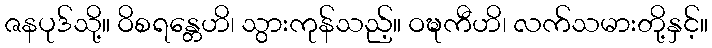
ဇနပုဒ်သို့။ ဝိစရန္တေဟိ၊ သွားကုန်သည့်။ ဝဍ္ဎကီဟိ၊ လက်သမားတို့နှင့်။